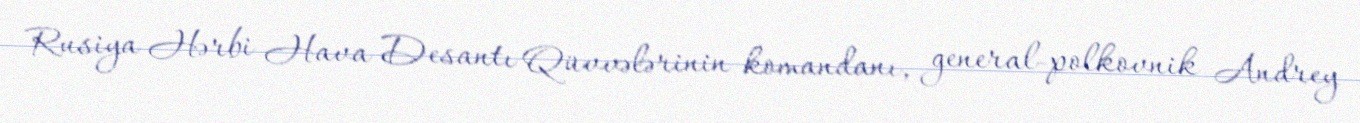
Rusiya Hərbi Hava Desantı Qüvvələrinin komandanı, general-polkovnik Andrey